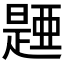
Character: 𣊰